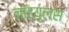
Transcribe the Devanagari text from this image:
नॉट्यूलस